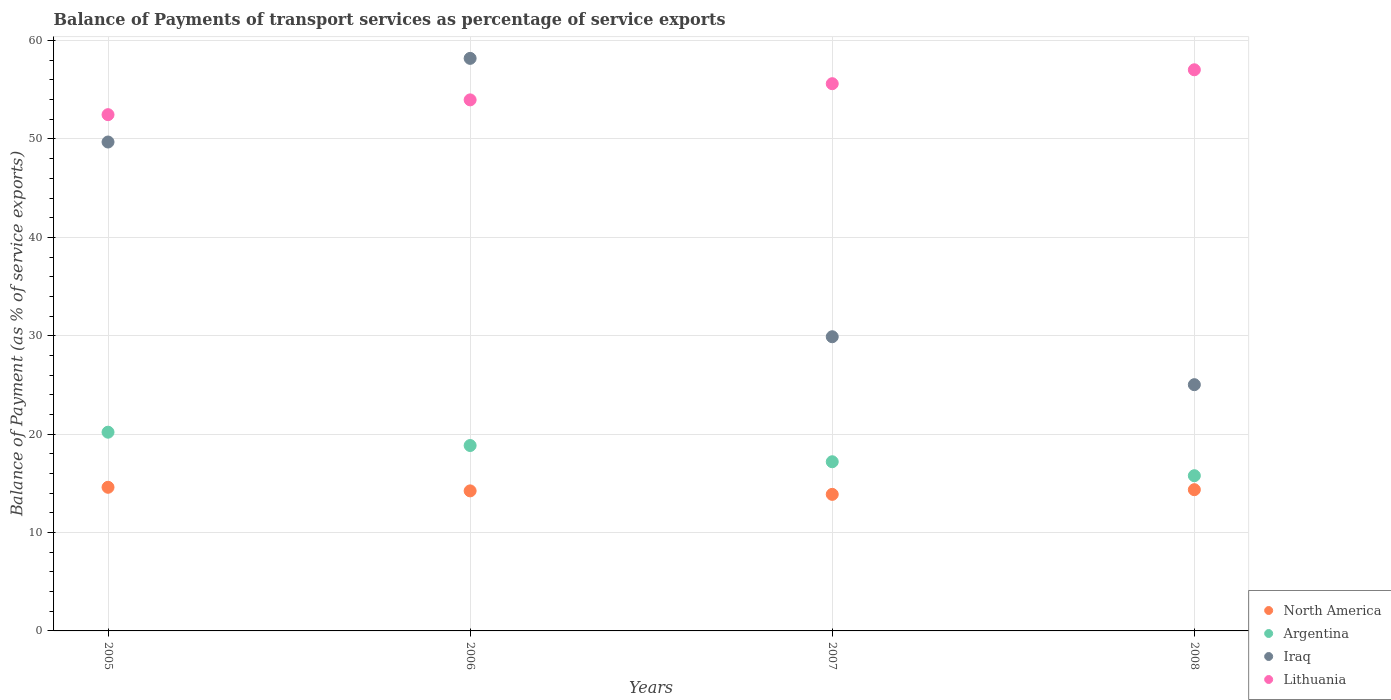
| Years | North America | Argentina | Iraq | Lithuania |
 | --- | --- | --- | --- | --- |
 | 2005 | 14.6 | 20.2 | 49.7 | 52.5 |
 | 2006 | 14.2 | 18.8 | 58.2 | 54 |
 | 2007 | 13.9 | 17.2 | 29.9 | 55.6 |
 | 2008 | 14.4 | 15.8 | 25 | 57 |